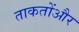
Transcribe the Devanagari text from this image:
ताकतोंऔर